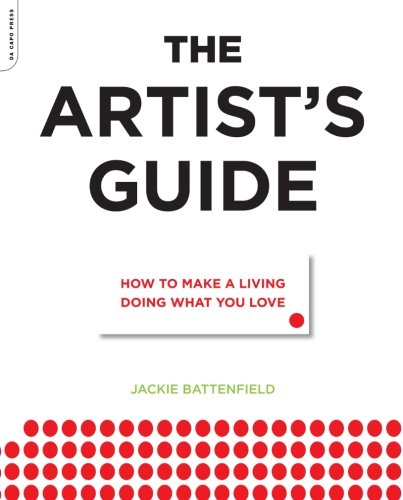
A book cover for The Artist's Guide: How to Make a Living Doing What You Love; Jackie Battenfield; Arts & Photography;